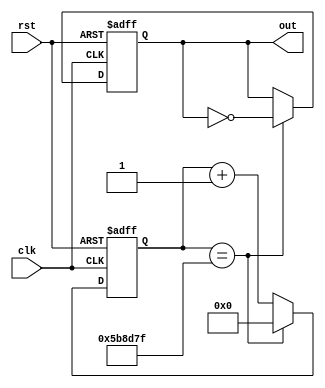
module clock_divider (

    // Inputs
    input       clk,
    input       rst,
    
    // Outputs
    output  reg out    
);

    // Parameters
    parameter                   COUNT_WIDTH = 24;
    parameter [COUNT_WIDTH:0]   MAX_COUNT   = 6000000 - 1;

    // Internal signals
    wire rst;
    reg div_clk;
    reg [COUNT_WIDTH:0] count;
    
    // Clock divider
    always @ (posedge clk or posedge rst) begin
        if (rst == 1'b1) begin
            count <= 0;
            out <= 0;
        end else if (count == MAX_COUNT) begin
            count <= 0;
            out <= ~out;
        end else begin
            count <= count + 1;
        end
    end
    
endmodule